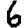
Digit: 6